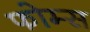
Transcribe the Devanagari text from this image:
फोम्स